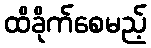
ထိခိုက်စေမည့်